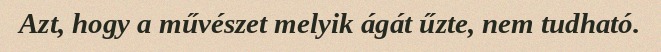
Azt, hogy a művészet melyik ágát űzte, nem tudható.